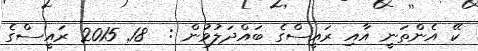
ކޭ އެންތަނީ އާއި ރައީސްގެ ބައްދަލުވުން :  18